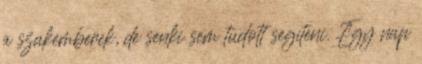
a szakemberek, de senki sem tudott segíteni. Egy nap